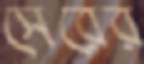
সেরের